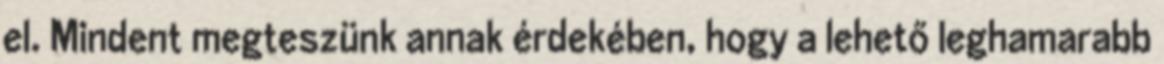
el. Mindent megteszünk annak érdekében, hogy a lehető leghamarabb